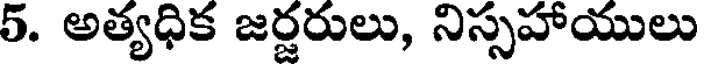
5. అత్యధిక జర్జరులు, నిస్సహాయులు